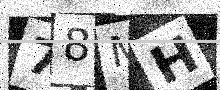
Text: 78MH